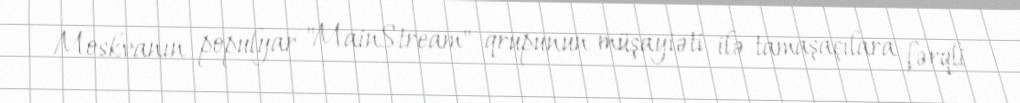
Moskvanın populyar "MainStream" qrupunun müşayiəti ilə tamaşaçılara fərqli